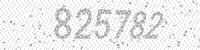
Solution: 825782